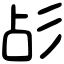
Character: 㣌